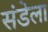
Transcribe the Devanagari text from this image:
संडेला